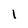
Character: l